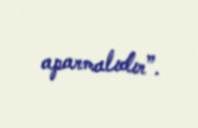
aparmalıdır”.